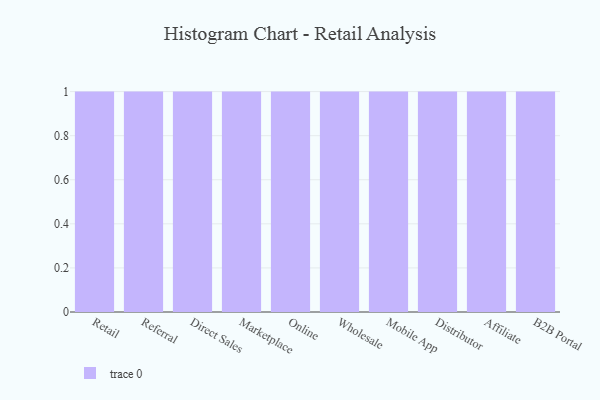
{"axis": {"x": "Channel", "y": "Gross Profit (USD K)"}, "legend": [""], "data": [{"x": "Retail", "y": 57, "type": ""}, {"x": "Referral", "y": 8, "type": ""}, {"x": "Direct Sales", "y": 56, "type": ""}, {"x": "Marketplace", "y": 42, "type": ""}, {"x": "Online", "y": 67, "type": ""}, {"x": "Wholesale", "y": 80, "type": ""}, {"x": "Mobile App", "y": 50, "type": ""}, {"x": "Distributor", "y": 69, "type": ""}, {"x": "Affiliate", "y": 54, "type": ""}, {"x": "B2B Portal", "y": 11, "type": ""}]}